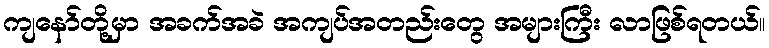
ကျနော်တို့မှာ အခက်အခဲ အကျပ်အတည်းတွေ အများကြီး လာဖြစ်ရတယ်။